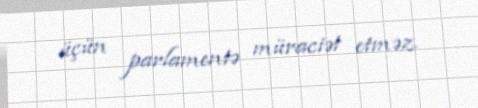
üçün parlamentə müraciət etməz.